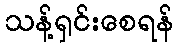
သန့်ရှင်းစေရန်